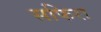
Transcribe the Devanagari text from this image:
सफिरा